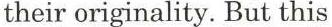
their originality. But this